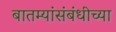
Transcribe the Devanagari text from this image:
बातम्यांसंबंधीच्या